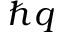
\hbar q